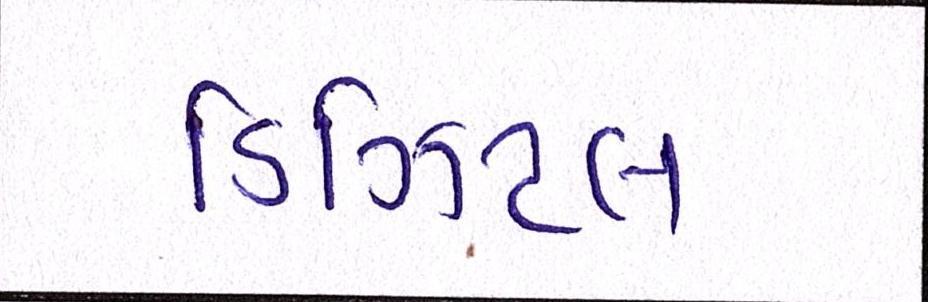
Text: ડિઝિટલ